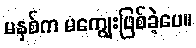
မနှစ်က မကျွေးဖြစ်ခဲ့ပေ။